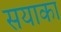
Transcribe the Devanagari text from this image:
सयाका